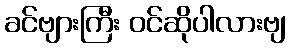
ခင်ဗျားကြီး ဝင်ဆိုပါလားဗျ